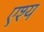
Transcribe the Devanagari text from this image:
एश्य